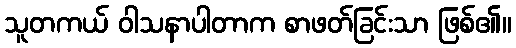
သူတကယ် ဝါသနာပါတာက စာဖတ်ခြင်းသာ ဖြစ်၏။